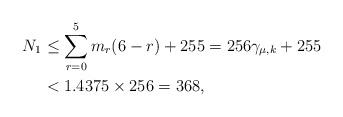
LaTeX: \begin{align*} N_1&\leq\sum_{r=0}^5m_r(6-r)+255=256\gamma_{\mu,k}+255\\ &< 1.4375\times 256=368, \end{align*}